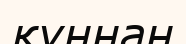
құннан